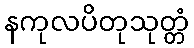
နကုလပိတုသုတ္တံ